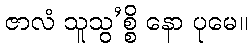
ဇာလံ သူသွ’စ္စိ နော ပုမေ။